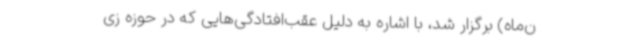
ن‌ماه) برگزار شد، با اشاره به دلیل عقب‌افتادگی‌هایی که در حوزه زی